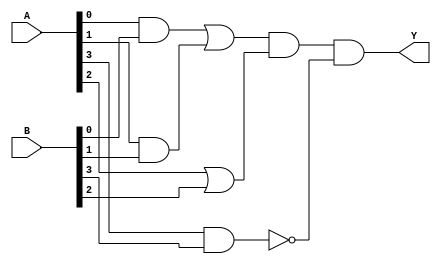
module combinational_logic_block (
    input wire [3:0] A,     // 4-bit input vector
    input wire [3:0] B,     // 4-bit input vector
    output wire Y           // Output signal
);

// Intermediate signals for multi-level simplification
wire A_and_B0;            // Intermediate signal for A[0] AND B[0]
wire A_and_B1;            // Intermediate signal for A[1] AND B[1]
wire A_or_B2;             // Intermediate signal for A[2] OR B[2]
wire A_not_B3;            // Intermediate signal for NOT (A[3] AND B[3])

// Level 1: Compute intermediate signals
assign A_and_B0 = A[0] & B[0];          // AND operation
assign A_and_B1 = A[1] & B[1];          // AND operation
assign A_or_B2  = A[2] | B[2];          // OR operation
assign A_not_B3 = ~(A[3] & B[3]);       // NAND operation (NOT of AND)

// Level 2: Final output computation using intermediate signals
assign Y = (A_and_B0 | A_and_B1) & A_or_B2 & A_not_B3; // Combine results

endmodule